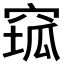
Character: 𱷆